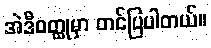
အဲဒီဝတ္ထုမှာ တင်ပြပါတယ်။